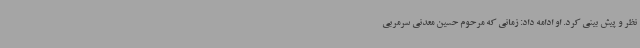
نظر و پیش بینی کرد. او ادامه داد: زمانی که مرحوم حسین معدنی سرمربی